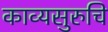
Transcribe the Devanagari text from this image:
काव्यसुरुचि